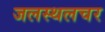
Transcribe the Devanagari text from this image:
जलस्थलचर